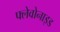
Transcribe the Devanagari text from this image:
फ्लेवोनाइड